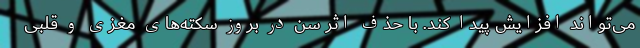
می‌تواند افزایش پیدا کند. با حذف اثر سن در بروز سکته‌های مغزی و قلبی